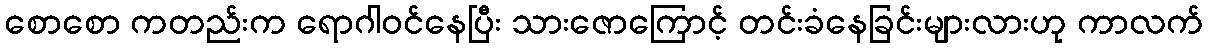
စောစော ကတည်းက ရောဂါဝင်နေပြီး သားဇောကြောင့် တင်းခံနေခြင်းများလားဟု ကာလက်